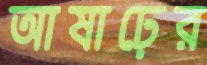
আষাঢ়ের